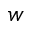
w